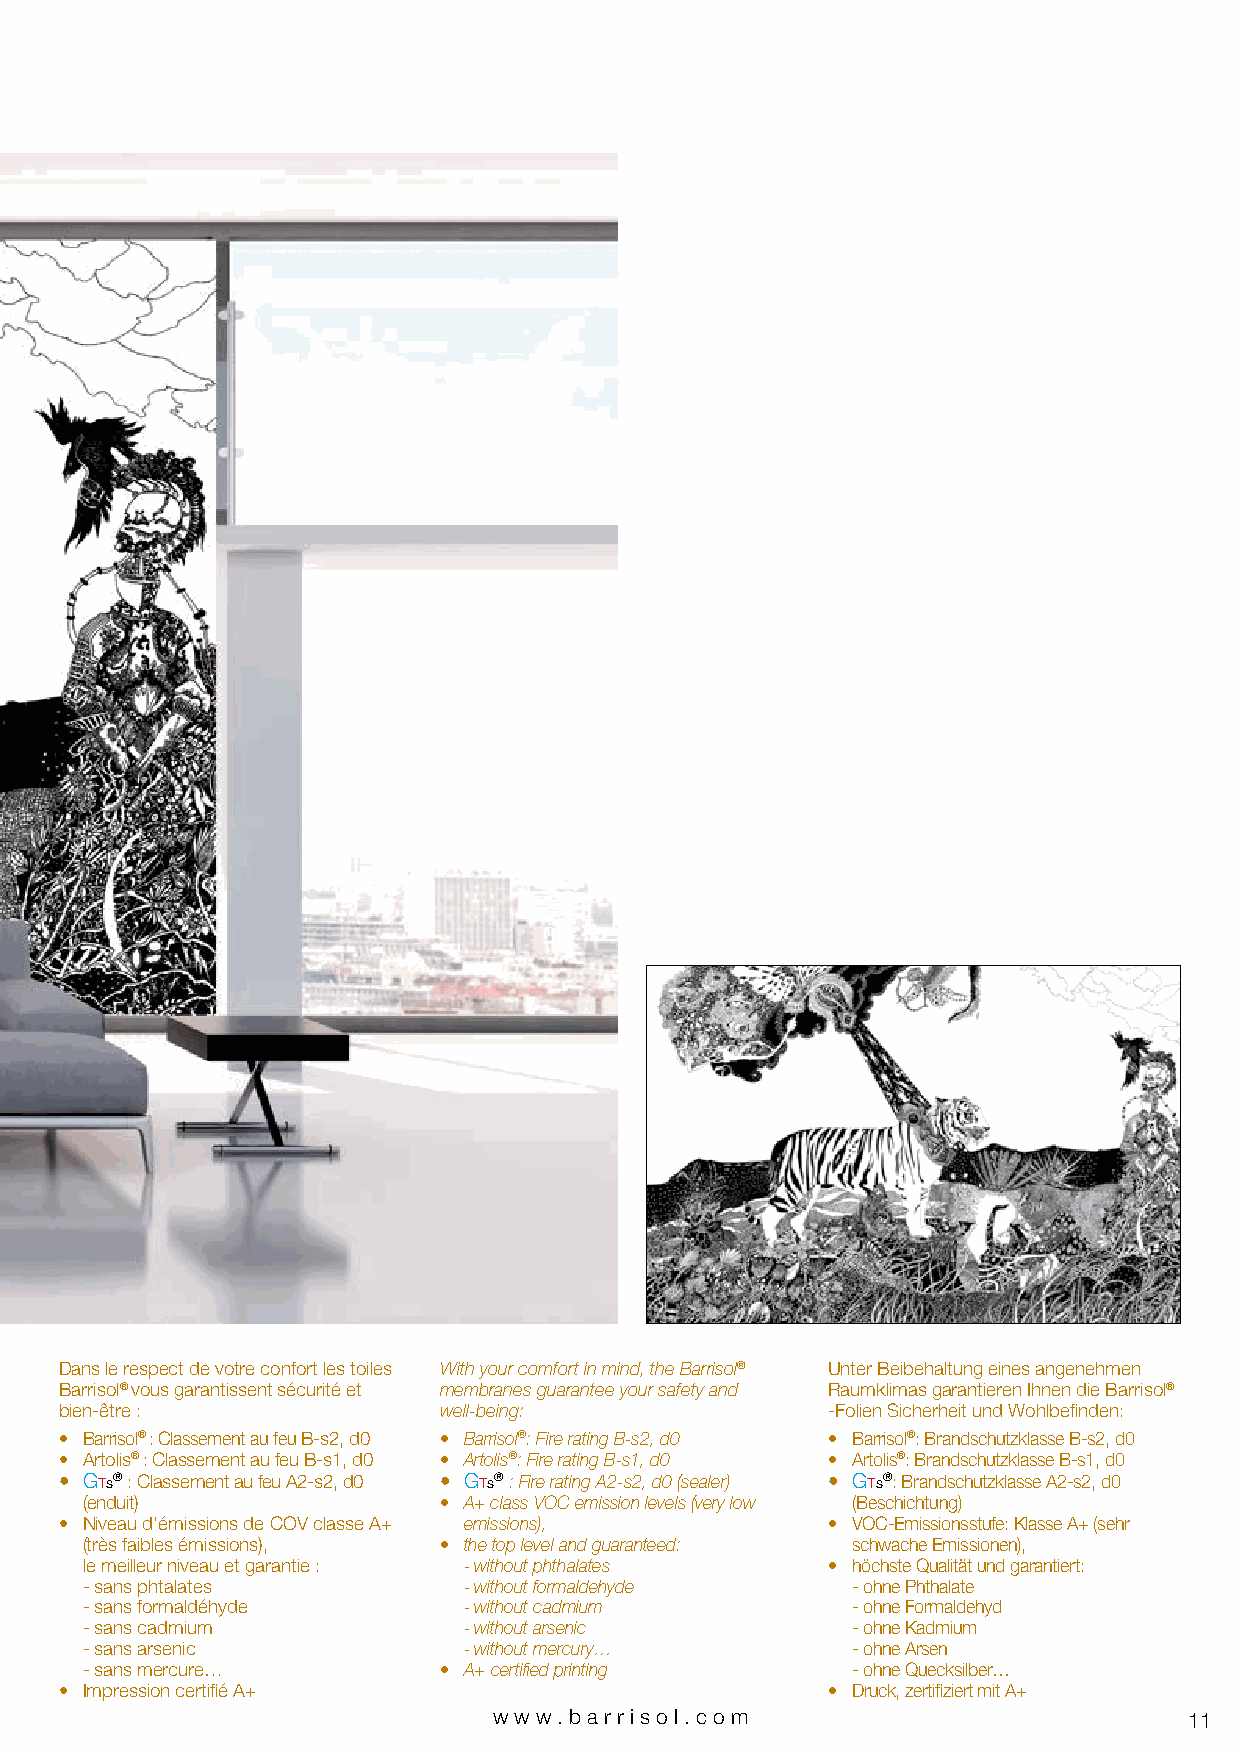
Dans le respect de votre confort les toiles With your comfort in mind, the Barrisol® Unter Beibehaltung eines angenehmen
 Barrisol® vous garantissent sécurité et membranes guarantee your safety and Raumklimas garantieren Ihnen die Barrisol®
 bien-être :              well-being:               -Folien Sicherheit und Wohlbefinden:
 • Barrisol® : Classement au feu B-s2, d0 • Barrisol®: Fire rating B-s2, d0 • Barrisol®: Brandschutzklasse B-s2, d0
 • Artolis® : Classement au feu B-s1, d0 • Artolis®: Fire rating B-s1, d0 • Artolis®: Brandschutzklasse B-s1, d0
 • Gts® : Classement au feu A2-s2, d0 • Gts® : Fire rating A2-s2, d0 (sealer) • Gts®: Brandschutzklasse A2-s2, d0
 (enduit)                • A+ class VOC emission levels (very low (Beschichtung)
 • Niveau d’émissions de COV classe A+ emissions),  • VOC-Emissionsstufe: Klasse A+ (sehr
 (très faibles émissions), • the top level and guaranteed: schwache Emissionen),
 le meilleur niveau et garantie : - without phthalates • höchste Qualität und garantiert:
 - sans phtalates          - without formaldehyde   - ohne Phthalate
 - sans formaldéhyde       - without cadmium        - ohne Formaldehyd
 - sans cadmium            - without arsenic        - ohne Kadmium
 - sans arsenic            - without mercury…       - ohne Arsen
 - sans mercure…         • A+ certified printing    - ohne Quecksilber…
 • Impression certifié A+                           • Druck, zertifiziert mit A+
 www.bar riso l. com                           11